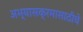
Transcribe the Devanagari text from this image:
अभ्यासक्रमासाठीचे